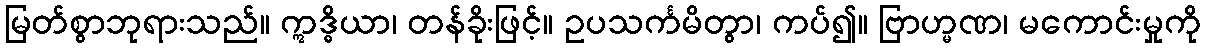
မြတ်စွာဘုရားသည်။ ဣဒ္ဓိယာ၊ တန်ခိုးဖြင့်။ ဥပသင်္ကမိတွာ၊ ကပ်၍။ ဗြာဟ္မဏ၊ မကောင်းမှုကို